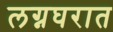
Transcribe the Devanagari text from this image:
लग्नघरात